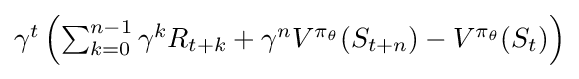
{\textstyle \gamma ^{t}\left(\sum _{k=0}^{n-1}\gamma ^{k}R_{t+k}+\gamma ^{n}V^{\pi _{\theta }}(S_{t+n})-V^{\pi _{\theta }}(S_{t})\right)}